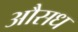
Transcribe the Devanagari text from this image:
औसध